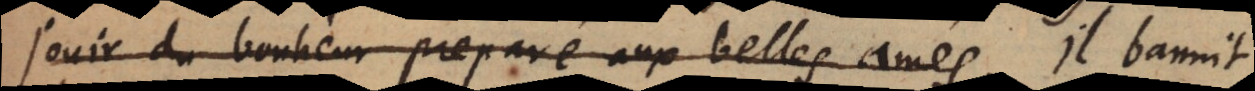
jouir du bonheur preparé aux belles ames. Il bannit